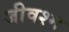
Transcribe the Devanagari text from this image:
जीवश्म